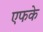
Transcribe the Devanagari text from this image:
एफके